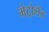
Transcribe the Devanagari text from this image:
मेट्रोलैंड